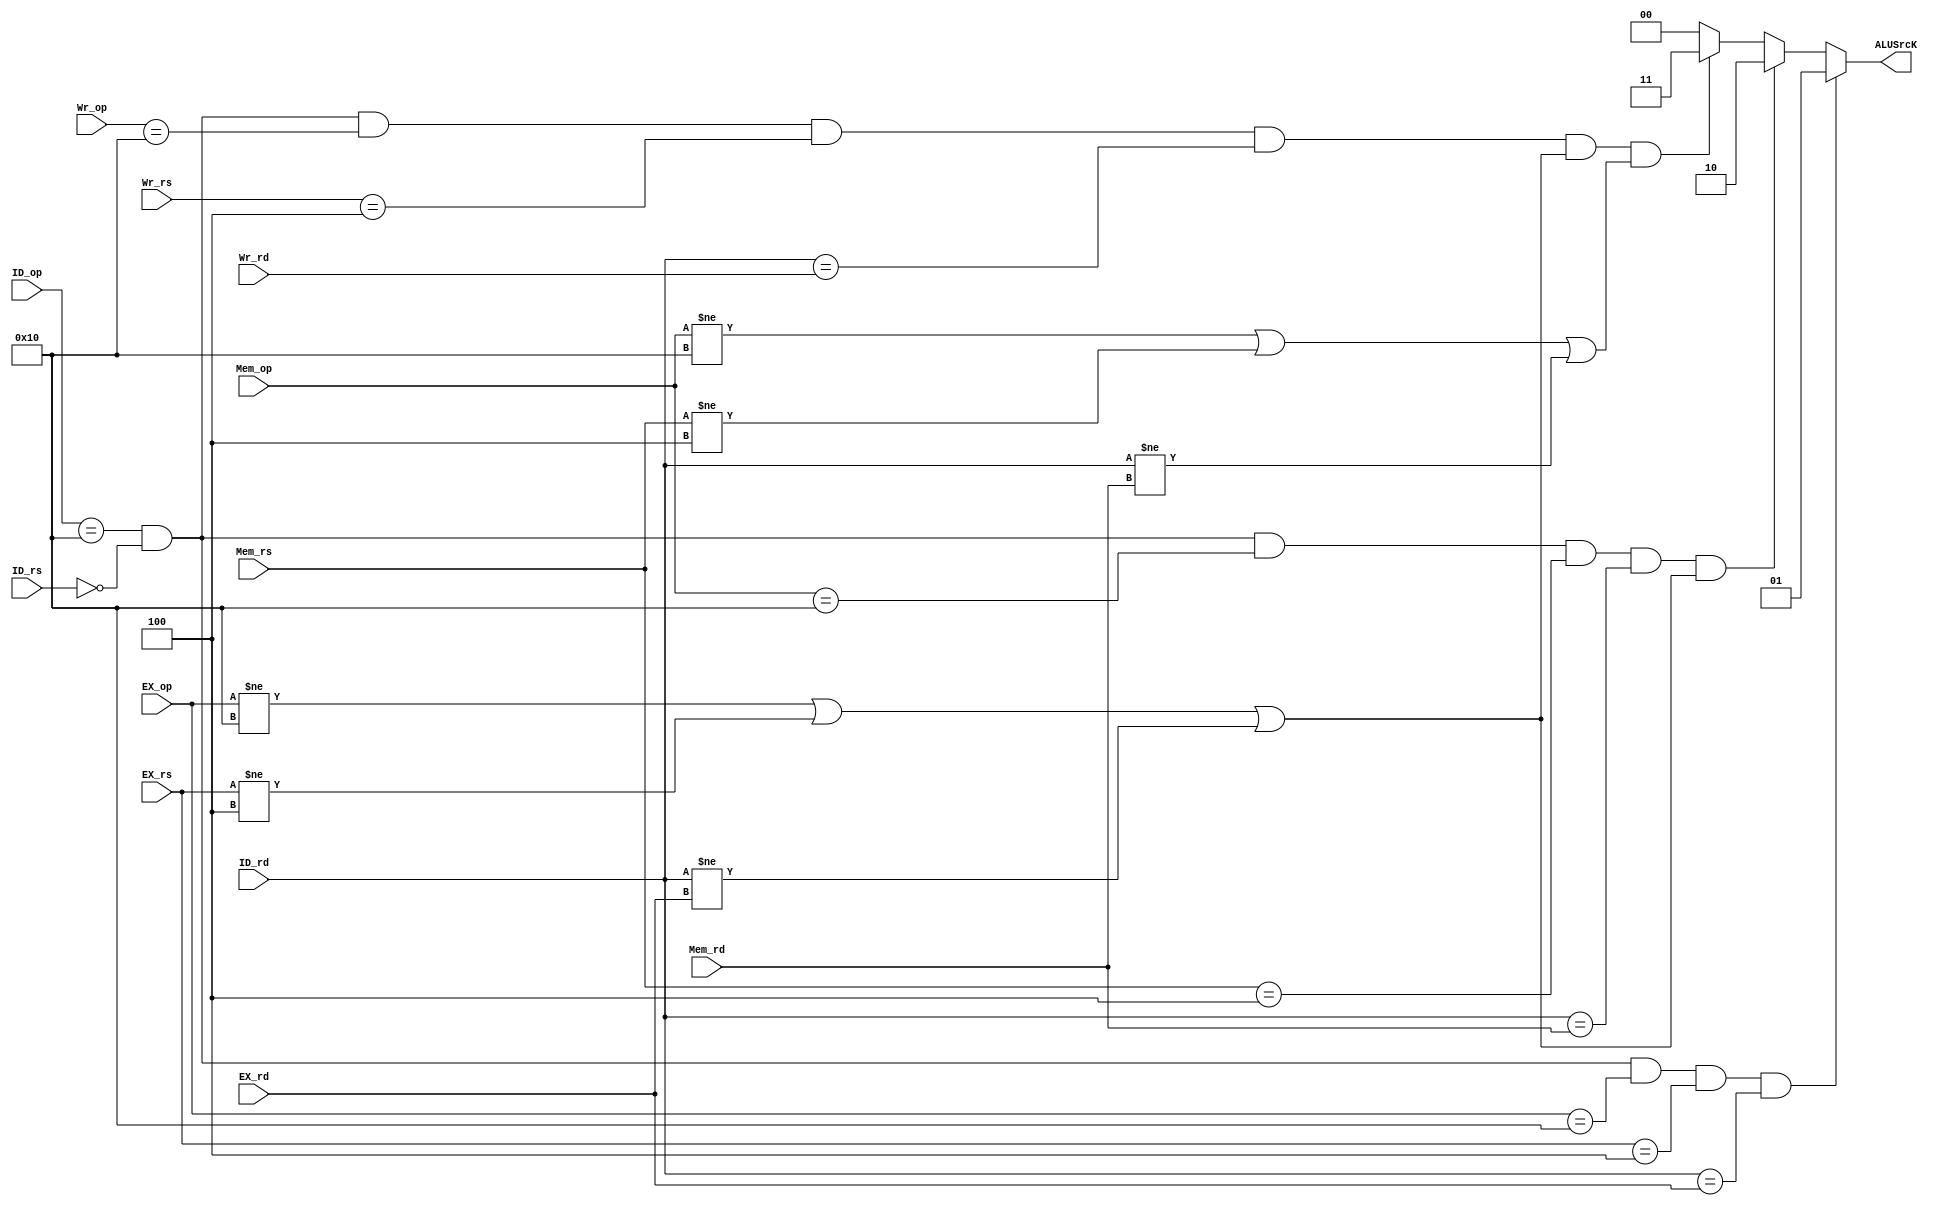
module CPR_Data_Hazard(ID_op,EX_op,Mem_op,Wr_op,ID_rs,EX_rs,Mem_rs,Wr_rs,ID_rd,EX_rd,Mem_rd,Wr_rd,ALUSrcK);
	input[5:0]	ID_op,EX_op,Mem_op,Wr_op;
	input[4:0]	ID_rs,EX_rs,Mem_rs,Wr_rs;
	input[4:0]	ID_rd,EX_rd,Mem_rd,Wr_rd;
	output reg[1:0]	ALUSrcK;

	wire	C1K,C2K,C3K;
	
	assign	C1K = ID_op == 6'b010000 && ID_rs == 5'b00000 && EX_op == 6'b010000 && EX_rs == 5'b00100 && ID_rd == EX_rd;
	assign	C2K = ID_op == 6'b010000 && ID_rs == 5'b00000 && Mem_op == 6'b010000 && Mem_rs == 5'b00100 && ID_rd == Mem_rd && (EX_op!=6'b010000 || EX_rs!=5'b00100 || ID_rd!=EX_rd);
	assign	C3K = ID_op == 6'b010000 && ID_rs == 5'b00000 && Wr_op == 6'b010000 && Wr_rs == 5'b00100 && ID_rd == Wr_rd && (EX_op!=6'b010000 || EX_rs!=5'b00100 || ID_rd!=EX_rd) && (Mem_op!=6'b010000 || Mem_rs!=5'b00100 || ID_rd!=Mem_rd);
	
	initial
	begin
		ALUSrcK = 0;
	end
	
	always@(C1K or C2K or C3K)
	begin
		if(C1K == 1)	ALUSrcK <= 2'b01;//EX_CPR write
		else if(C2K == 1)	ALUSrcK <= 2'b10;//Mem_CPR write
		else if(C3K == 1)	ALUSrcK <= 2'b11;//Wr_CPR wirte
		else	ALUSrcK <= 2'b00;
	end
endmodule